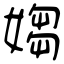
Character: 媰